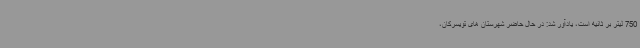
750 لیتر بر ثانیه است، یادآور شد: در حال حاضر شهرستان های تویسرکان،